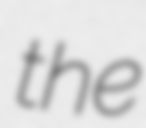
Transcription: the